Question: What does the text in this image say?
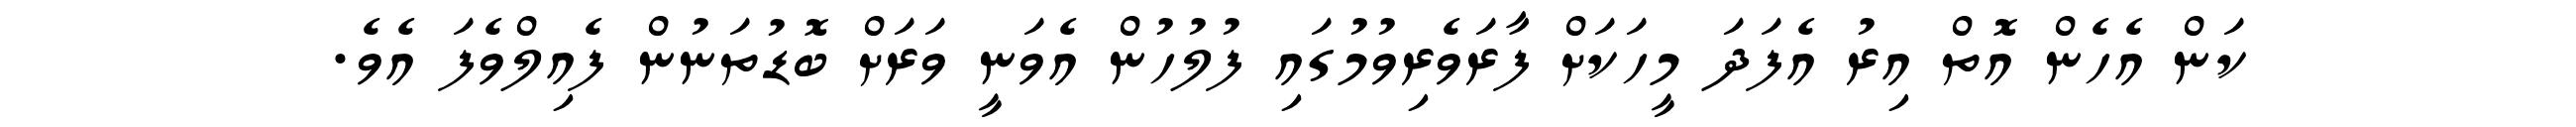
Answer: ކަން އެހެން އޮތް އިރު އެފަދަ މީހަކަށް ފާރަވެރިވުމުގައި ފުލުހުން އެވަނީ ވަރަށް ބޮޑުތަނުން ފެއިލްވެފަ އެވެ.